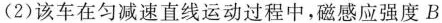
(2)该车在匀减速直线运动过程中，磁感应强度B